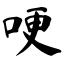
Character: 哽